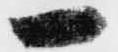
一